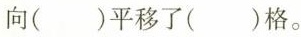
向()平移了()格。